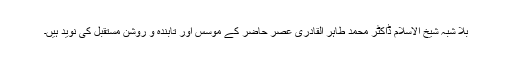
بلا شبہ شیخ الاسلام ڈاکٹر محمد طاہر القادری عصر حاضر کے مؤسس اور تابندہ و روشن مستقبل کی نوید ہیں۔